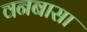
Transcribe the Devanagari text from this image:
वनबासा